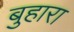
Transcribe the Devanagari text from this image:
बुहारा